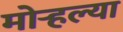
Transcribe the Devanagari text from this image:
मोर्‍हल्या